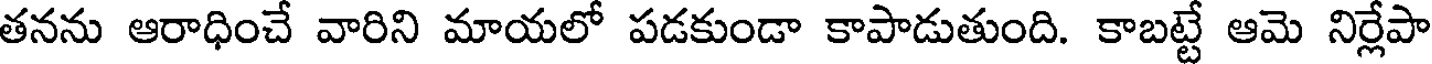
తనను ఆరాధించే వారిని మాయలో పడకుండా కాపాడుతుంది. కాబట్టే ఆమె నిర్లేపా